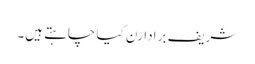
شریف برادارن کیا چاہتے ہیں۔